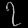
Digit: ၇